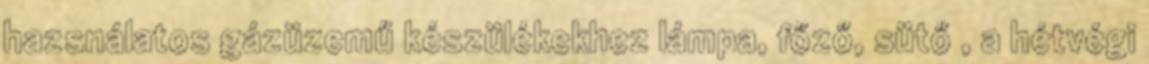
hazsnálatos gázüzemű készülékekhez lámpa, főző, sütő , a hétvégi